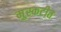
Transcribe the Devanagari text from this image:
मुस्कटीत